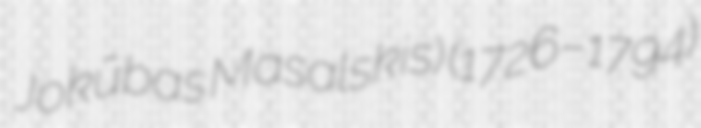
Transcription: Jokūbas Masalskis) (1726–1794)